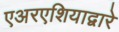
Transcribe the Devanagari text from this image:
एअरएशियाद्वारे